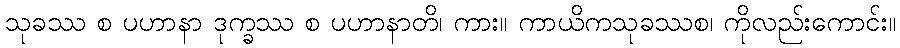
သုခဿ စ ပဟာနာ ဒုက္ခဿ စ ပဟာနာတိ၊ ကား။ ကာယိကသုခဿစ၊ ကိုလည်းကောင်း။